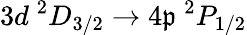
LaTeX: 3d\ ^{2}D_{3/2}\rightarrow4\mathfrak{p}\ ^{2}P_{1/2}